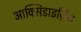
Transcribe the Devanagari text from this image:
आक्सिडाइज़िंग